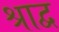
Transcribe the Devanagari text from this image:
श्राद्व